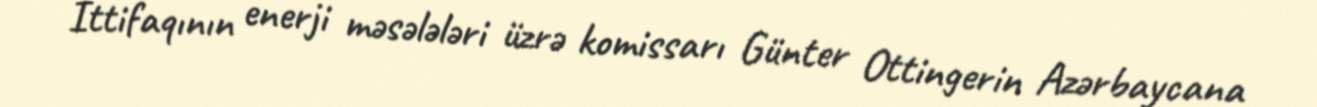
İttifaqının enerji məsələləri üzrə komissarı Günter Ottingerin Azərbaycana